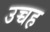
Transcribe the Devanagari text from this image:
उच्चह